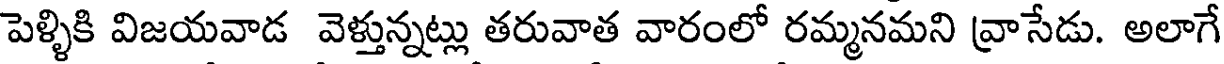
పెళ్ళికి విజయవాడ వెళ్తున్నట్లు తరువాత వారంలో రమ్మనమని వ్రాసేడు. అలాగే